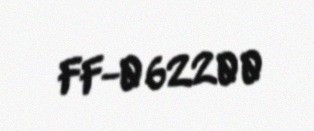
FF-062200